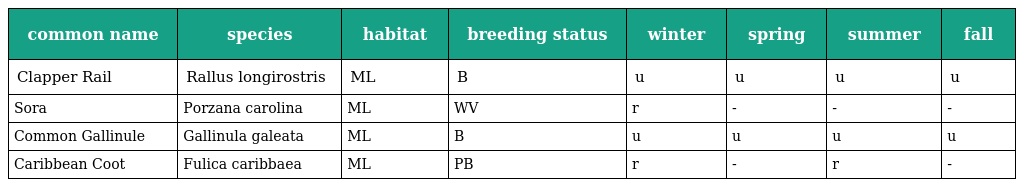
| common name | species | habitat | breeding status | winter | spring | summer | fall |
 | --- | --- | --- | --- | --- | --- | --- | --- |
 | Clapper Rail | Rallus longirostris | ML | B | u | u | u | u |
 | Sora | Porzana carolina | ML | WV | r | - | - | - |
 | Common Gallinule | Gallinula galeata | ML | B | u | u | u | u |
 | Caribbean Coot | Fulica caribbaea | ML | PB | r | - | r | - |